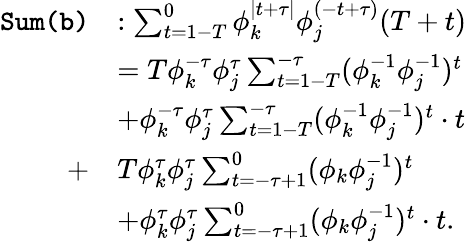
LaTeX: \begin{array}{rl}{\texttt{Sum(b)}}&{:\sum_{t=1-T}^{0}\phi_{k}^{\mid t+\tau\mid}\phi_{j}^{(-t+\tau)}(T+t)}\\ &{=T\phi_{k}^{-\tau}\phi_{j}^{\tau}\sum_{t=1-T}^{-\tau}(\phi_{k}^{-1}\phi_{j}^{-1})^{t}}\\ &{+\phi_{k}^{-\tau}\phi_{j}^{\tau}\sum_{t=1-T}^{-\tau}(\phi_{k}^{-1}\phi_{j}^{-1})^{t}\cdot t}\\ {+}&{T\phi_{k}^{\tau}\phi_{j}^{\tau}\sum_{t=-\tau+1}^{0}(\phi_{k}\phi_{j}^{-1})^{t}}\\ &{+\phi_{k}^{\tau}\phi_{j}^{\tau}\sum_{t=-\tau+1}^{0}(\phi_{k}\phi_{j}^{-1})^{t}\cdot t.}\end{array}